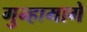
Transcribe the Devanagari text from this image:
गुन्हामागे